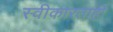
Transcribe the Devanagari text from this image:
स्वीकारताही